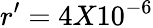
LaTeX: r^{\prime}=4X10^{-6}